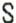
S